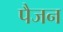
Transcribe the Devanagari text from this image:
पैजन